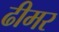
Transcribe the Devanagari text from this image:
ढीमर